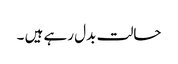
حالت بدل رہے ہیں ۔